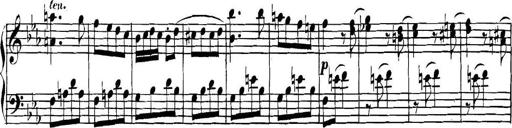
Title: Collected Piano Sonatas
Composer: Muzio Clementi